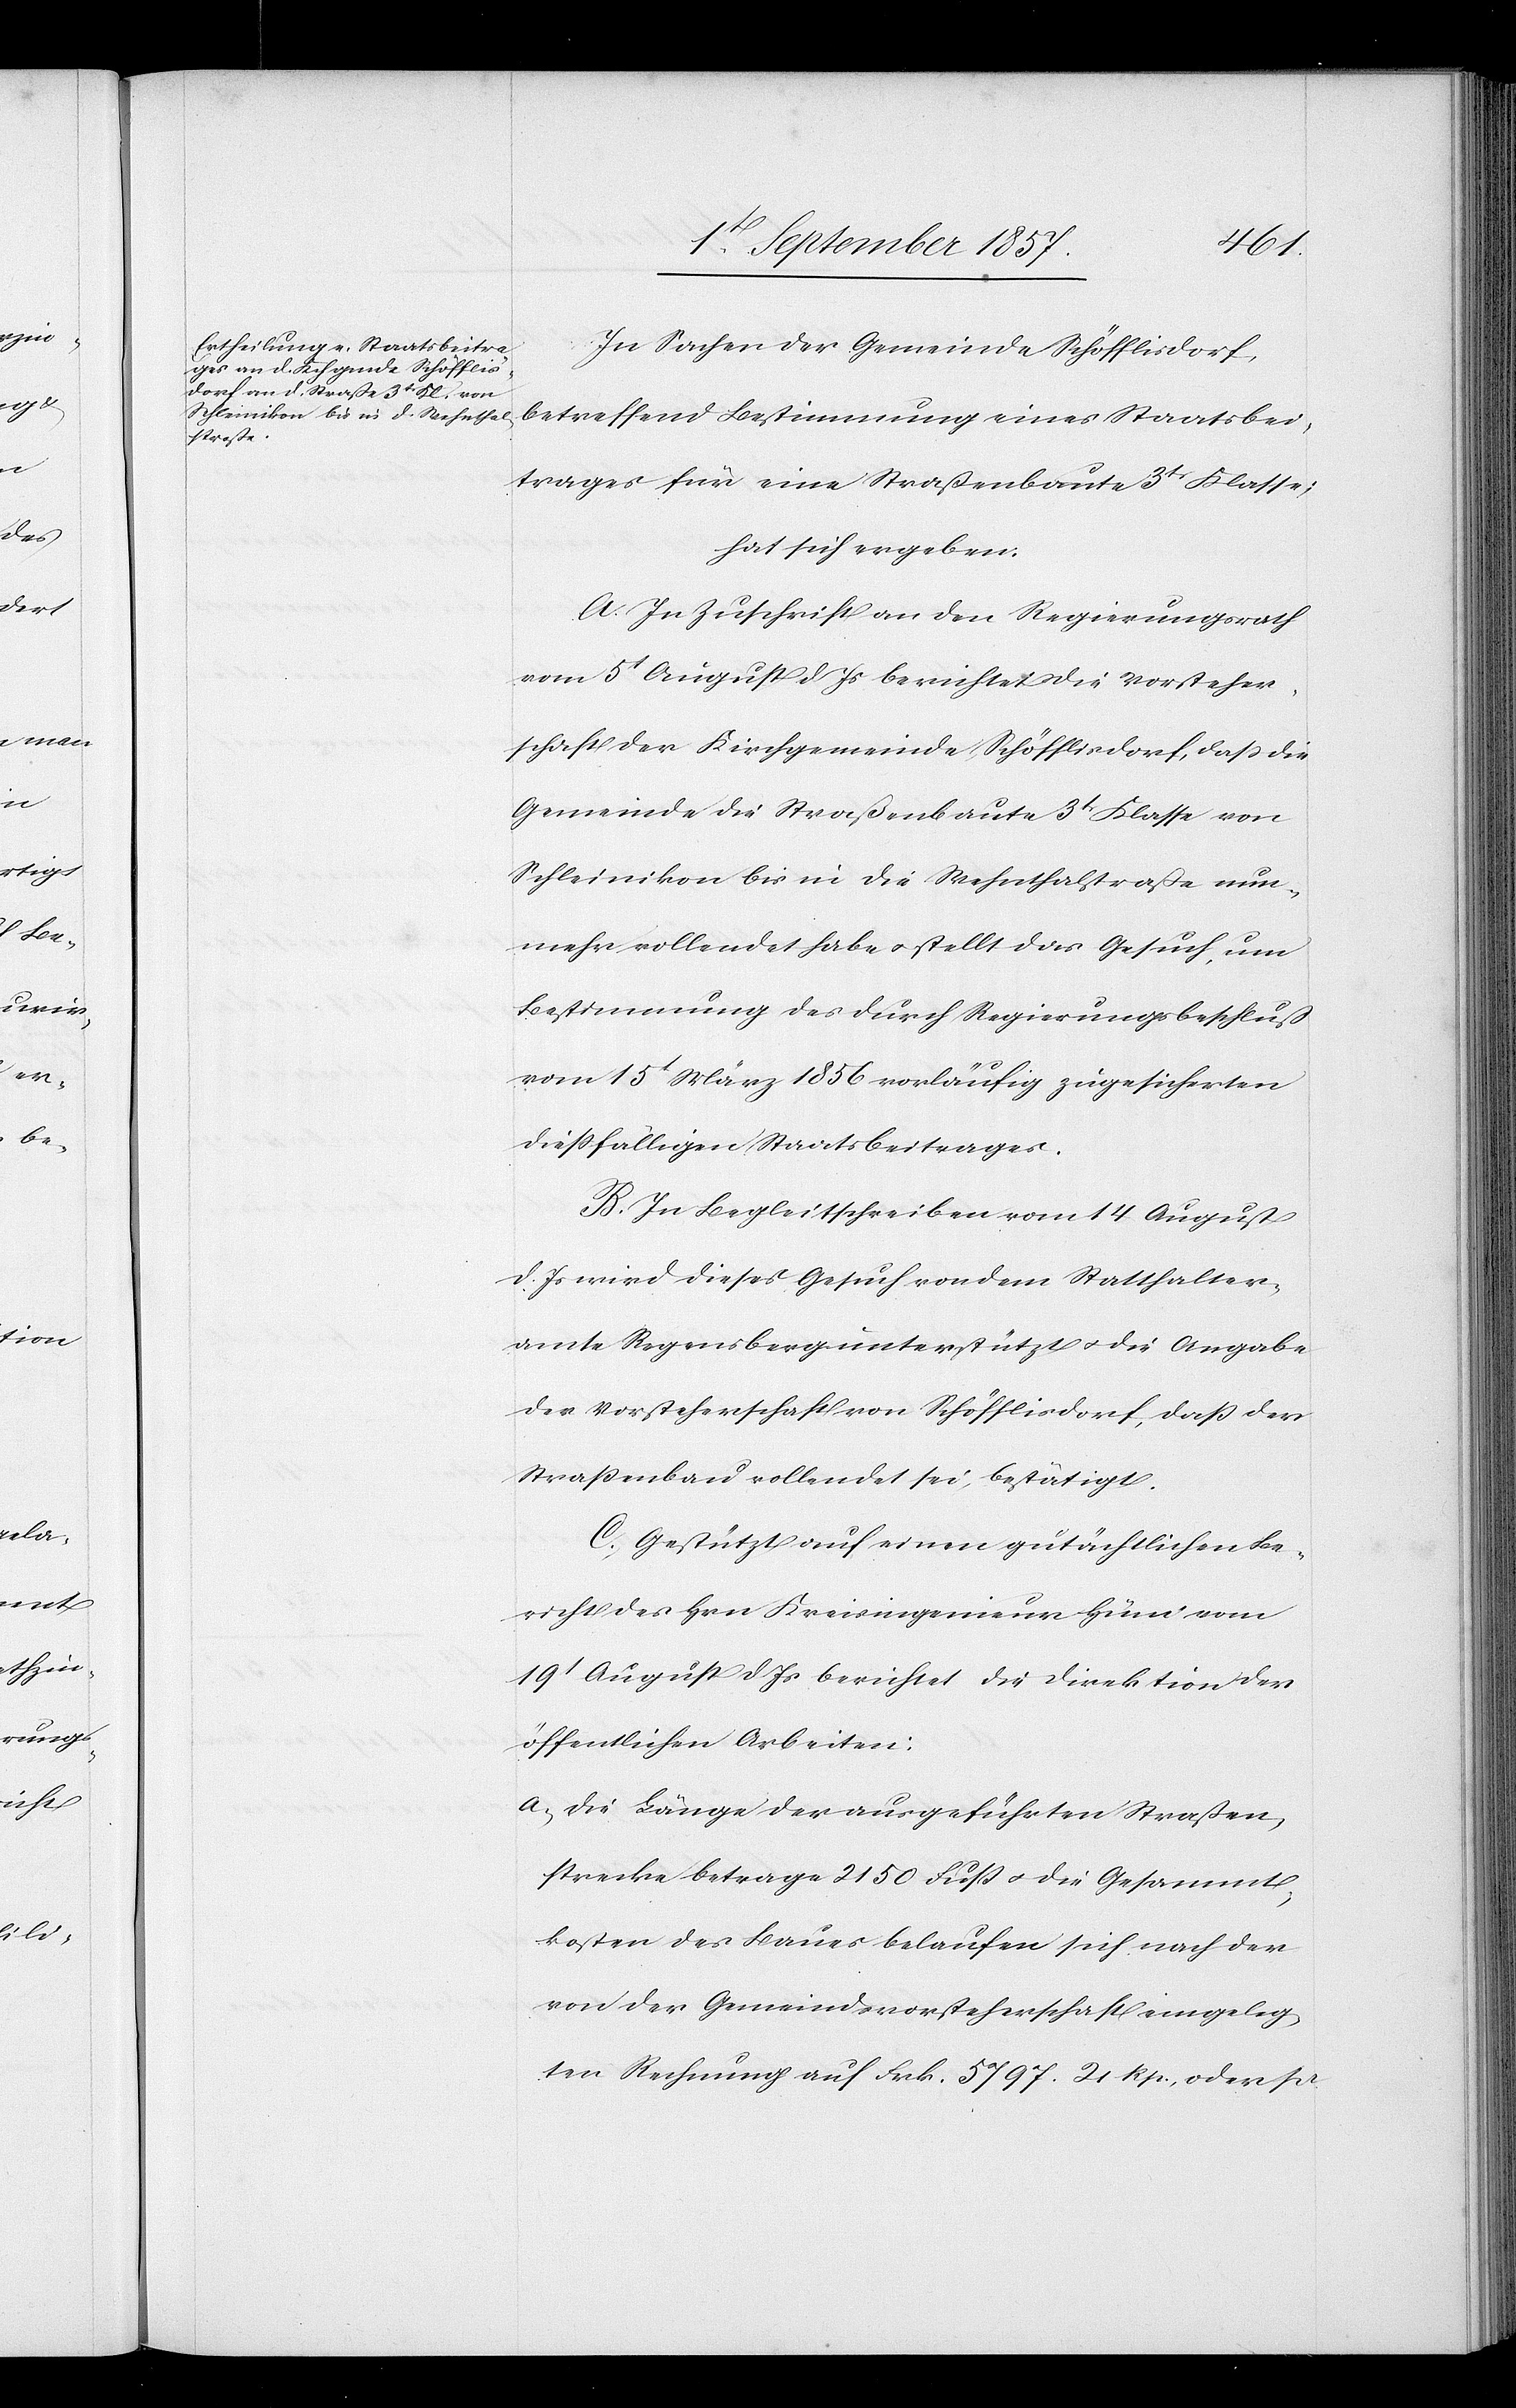
In Sachen der Gemeinde Schöfflisdorf,
betreffend Bestimmung eines Staatsbei¬
trages für eine Straßenbaute 3t Klasse;
hat sich ergeben:
A. In Zuschrift an den Regierungsrath
vom 5t August d. Js. berichtet die Vorsteher¬
schaft der Kirchgemeinde Schöfflisdorf, daß die
Gemeinde die Straßenbaute 3t Klasse von
Schleinikon bis in die Whenthalerstraße nun¬
mehr vollendet habe & stellt das Gesuch, um
Bestimmung des durch Regierungsbeschluß
vom 15t März 1856 vorläufig zugesicherten
dießfälligen Staatsbeitrages.
B. In Begleitschreiben vom 14 August
d. Js. wird dieses Gesuch von dem Statthalter¬
amte Regensberg unterstützt & die Angabe
der Vorsteherschaft von Schöfflisdorf, daß der
Straßenbau vollendet sei, bestätigt.
C. Gestützt auf einen gutächtlichen Be¬
richt des Hrn. Kreisingenieur Hüni vom
19t August d. Js. berichtet die Direktion der
öffentlichen Arbeiten:
a) die Länge der ausgeführten Straßen¬
strecke betrage 2150 Fuß & die Gesammt¬
kosten des Baues belaufen sich nach der
von der Gemeindsvorsteherschaft eingeleg¬
ten Rechnung auf Frk. 5797. 21 Rp., oder pr.